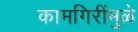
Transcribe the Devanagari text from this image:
कामगिरींमुळे